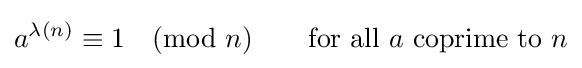
a^{\lambda (n)}\equiv 1{\pmod {n}}\qquad {\text{for all }}a{\text{ coprime to }}n